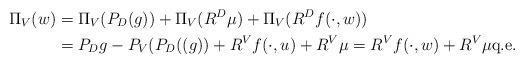
LaTeX: \begin{align*}\Pi_V(w)&=\Pi_V(P_D(g))+\Pi_V(R^D\mu)+\Pi_V(R^{D}f(\cdot,w))\\&=P_Dg-P_V(P_D((g))+R^{V}f(\cdot,u)+R^V\mu=R^{V}f(\cdot,w)+R^V\mu\mbox{q.e.}\end{align*}